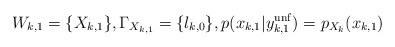
LaTeX: \begin{align*}W_{k,1}=\{X_{k,1}\}, \Gamma_{X_{k,1}}=\{l_{k,0}\}, p(x_{k,1}|y_{k,1}^{\mathrm{unf}})=p_{X_k}(x_{k,1}) \end{align*}